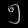
Digit: ၅